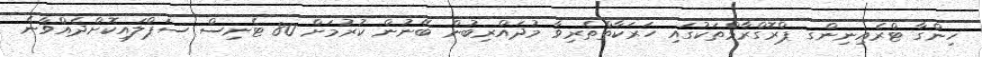
ހިންގާ ޓްރެއިނިންގ ޕްރޮގްރާމްތަކުގައި ހަރަކާތްތެރިވާ މުދައްރިބުން ބޭނުން ކުރުމަށް 80 ޓެނިސް ސަޕްލައިކޮށްދެއްވާނެ